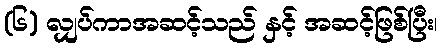
(၆) လျှပ်ကာအဆင့်သည် နှင့် အဆင့်ဖြစ်ပြီး၊